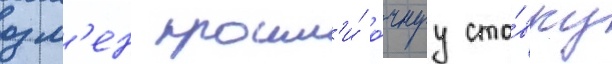
озм'ен прошл'и́ о́чнуу ста́вку